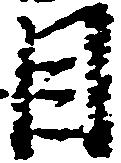
目